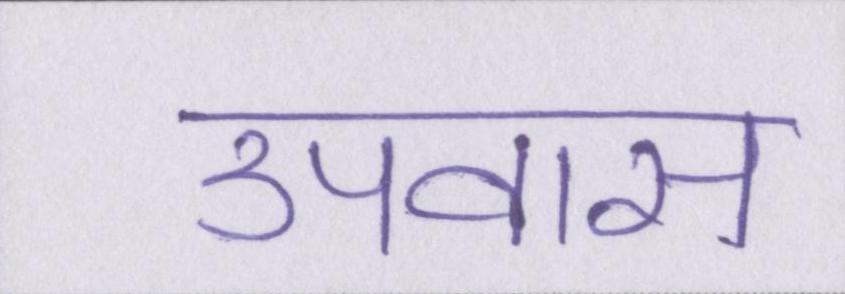
उपवास